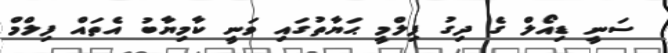
ސަނީ ޑިއޯލް ގެ ދިގު ފިލްމީ ޙަޔާތުގައި ވަނީ ކާމިޔާބު އެތައް ފިލްމް